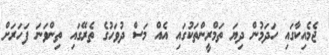
ޖެމެއިކާގައި ހަދަމުން ދިޔަ ތަމްރީންތަކުގައި އެއް މަސް ދުވަހުގެ ތެރޭގައި ތިންވަނަ ފަހަރަށް